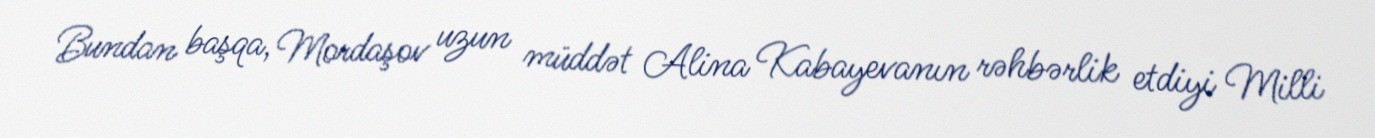
Bundan başqa, Mordaşov uzun müddət Alina Kabayevanın rəhbərlik etdiyi Milli